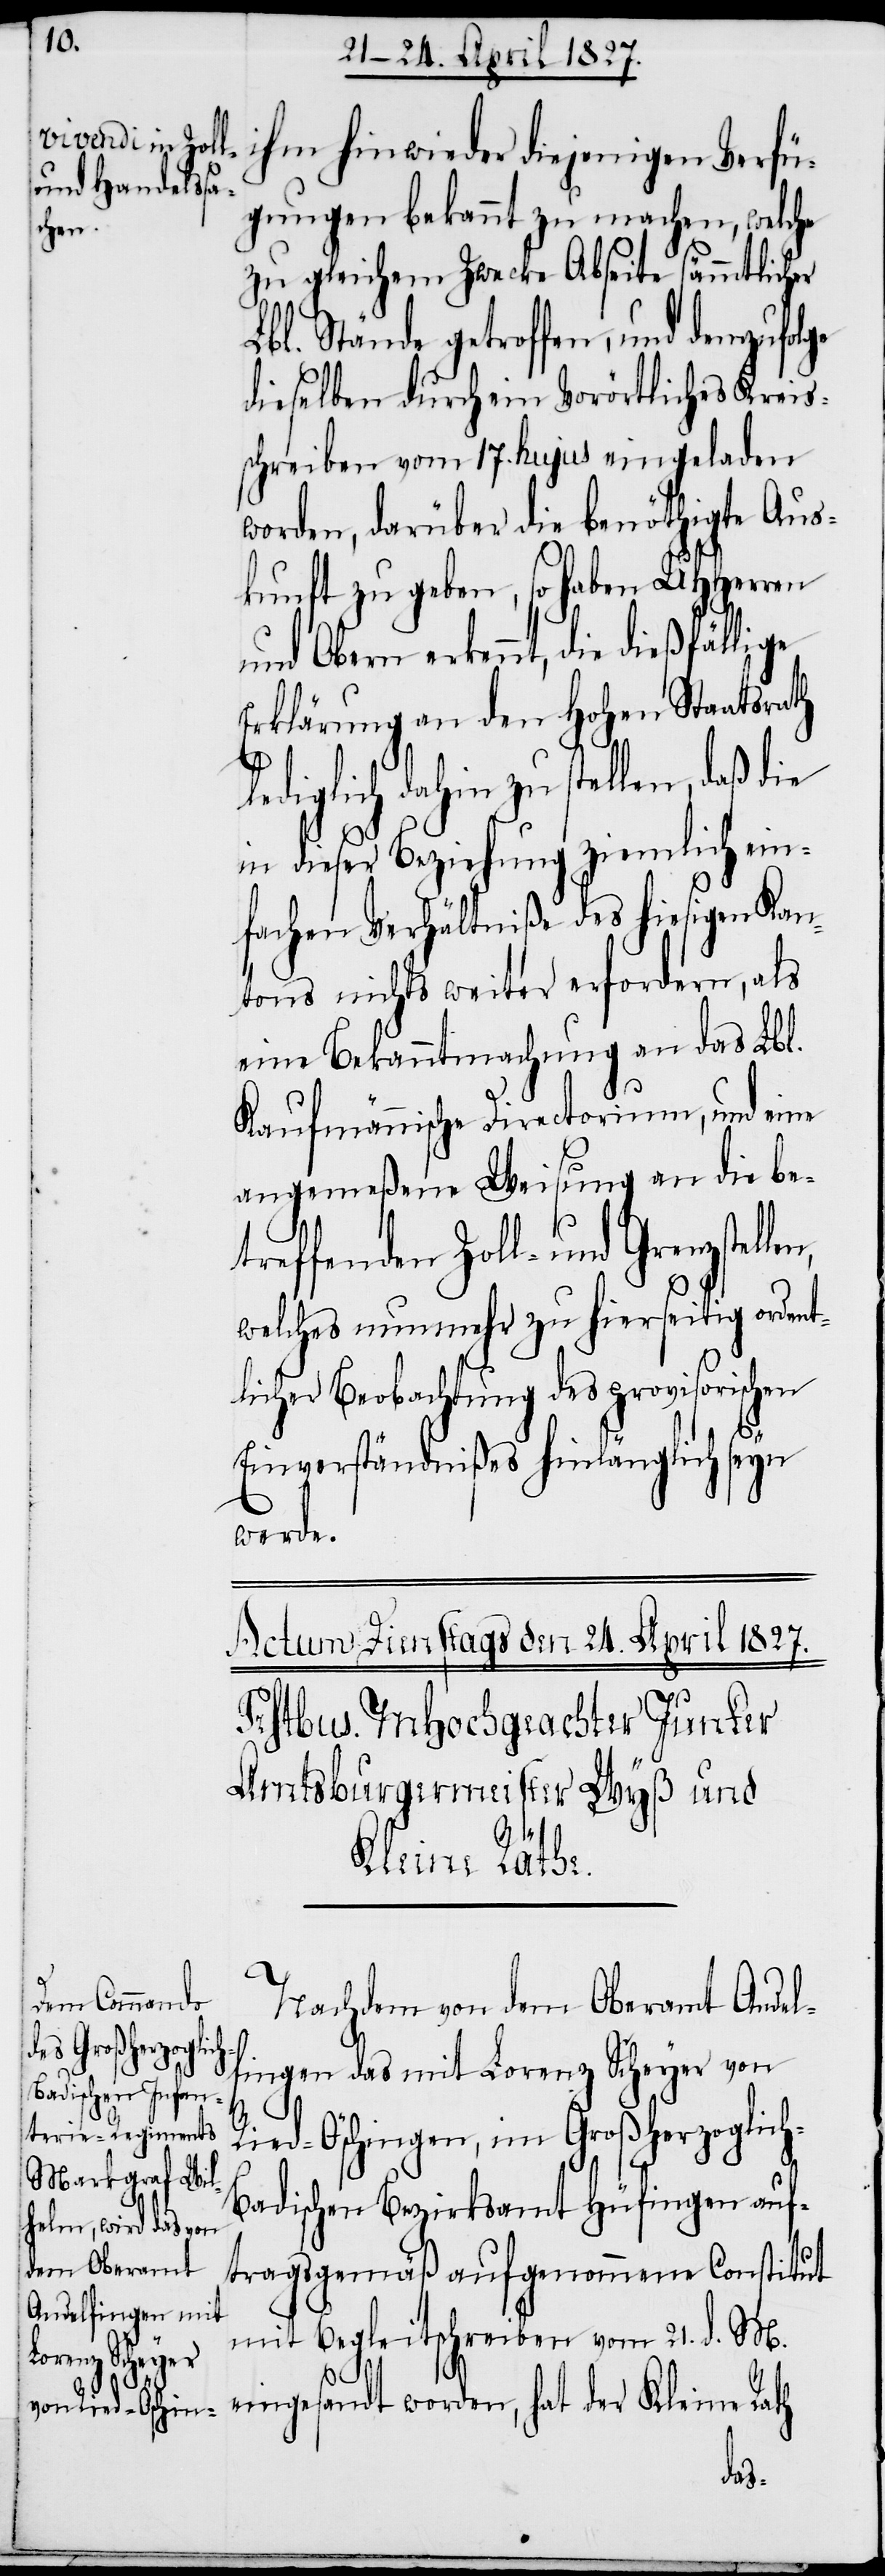
ihm hinwieder diejenigen Verfü¬
gungen bekannt zu machen, welche
zu gleichem Zwecke Abseite sämmtlicher
Lbl. Stände getroffen, und demzufolge
dieselben durch ein Vorörtliches Kreis¬
schreiben vom 17. hujus eingeladen
worden, darüber die benöthigte Aus¬
kunft zu geben, so haben UHHerren
und Obern erkennt, die dießfällige
Erklärung an den Hohen Staatsrath
diglich dahin zu stellen, daß die
in dieser Beziehung ziemlich ein¬
fachen Verhältniße des hiesigen Kan¬
tons nichts weiter erfordern, als
eine Bekanntmachung an das Lbl.
Kaufmännische Directorium, und eine
angemeßene Weisung an die be¬
treffenden Zoll- und Grenzstel¬
welches nunmehr zu hierseitig ordent¬
licher Beobachtung des provisorischen
Einverständnißes hinlänglich seyn
werde.
h-B¬
Nachdem von dem Oberamt Andel¬
fingen das mit Lorenz Scheyer von
Ried-Öschingen, im Großherzoglic¬
adischen Bezirksamt Hüfingen auf¬
tragsgemäß aufgenommene Constitut
mit Begleitschreiben vom 21. d. M.
eingesandt worden, hat der Kleine Rath